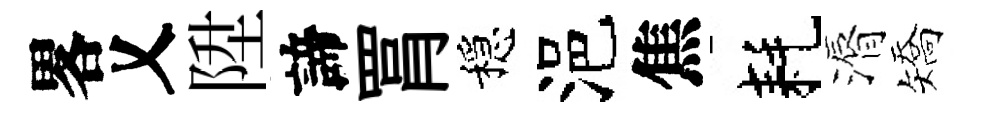
畧乂陞諦罥穩浥焦耗漘矯